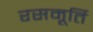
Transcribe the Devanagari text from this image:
रसमूर्ति